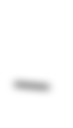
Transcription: –